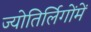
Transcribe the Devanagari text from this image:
ज्योतिर्लिगोंमें